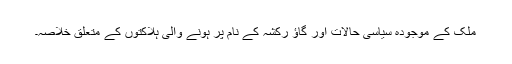
ملک کے موجودہ سیاسی حالات اور گاؤ رکشہ کے نام پر ہونے والی ہلاکتوں کے متعلق خلاصہ۔